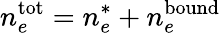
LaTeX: n_{e}^{\mathrm{tot}}=n_{e}^{*}+n_{e}^{\mathrm{bound}}